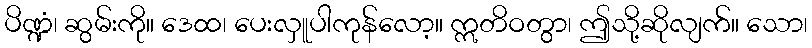
ပိဏ္ဍံ၊ ဆွမ်းကို။ ဒေထ၊ ပေးလှူပါကုန်လော့။ ဣတိဝတွာ၊ ဤသို့ဆိုလျက်။ သော၊